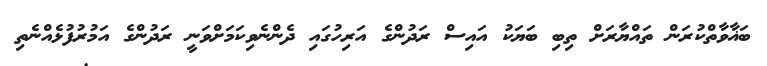
ބަޣާވާތްކުރަން ތައްޔާރަށް ތިބި ބަޔަކު އައިސް ރަދުންގެ އަރިހުގައި ދެންނެވިކަމަށްވަނީ ރަދުންގެ އަމުރުފުޅެއްނެތި